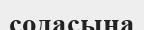
содасына